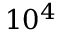
1 0 ^ { 4 }